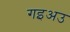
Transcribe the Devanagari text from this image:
गइअउ